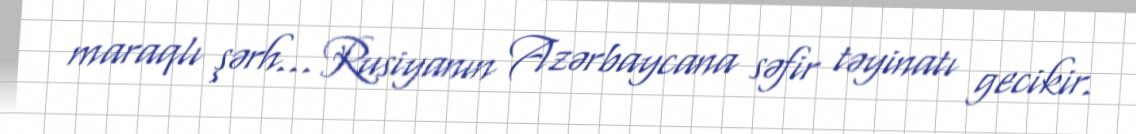
maraqlı şərh... Rusiyanın Azərbaycana səfir təyinatı gecikir.